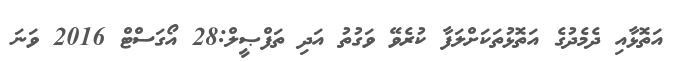
އަތޮޅާއި ދެމެދުގެ އަތޮޅުތަކަށްލަފާ ކުރެވޭ ވަގުތު އަދި ތަފްޞީލް:28 އޯގަސްޓް 2016 ވަނަ